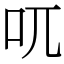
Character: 𠮾